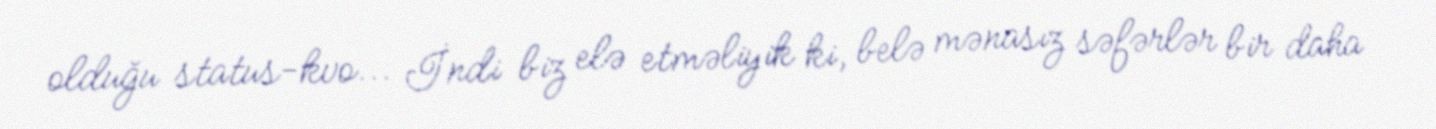
olduğu status-kvo... İndi biz elə etməliyik ki, belə mənasız səfərlər bir daha